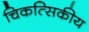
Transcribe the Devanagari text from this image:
चिकत्सिकीय